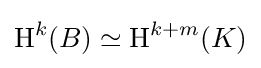
\operatorname {H} ^{k}(B)\simeq \operatorname {H} ^{k+m}(K)